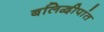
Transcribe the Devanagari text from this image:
बलिद्वीपांत